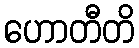
ဟောတီတိ